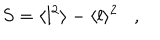
S = \langle l ^ { 2 } \rangle - \langle l \rangle ^ { 2 } \, \, \, \, \, , \, \, \, \, \,